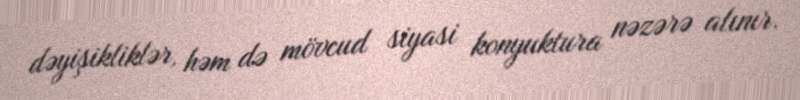
dəyişikliklər, həm də mövcud siyasi konyuktura nəzərə alınır.